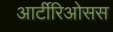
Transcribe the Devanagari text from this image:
आर्टीरिओसस